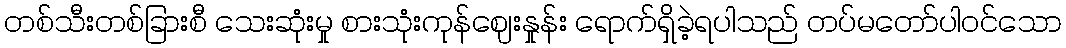
တစ်သီးတစ်ခြားစီ သေးဆုံးမှု စားသုံးကုန်ဈေးနှုန်း ရောက်ရှိခဲ့ရပါသည် တပ်မတော်ပါဝင်သော